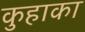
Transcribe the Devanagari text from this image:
कुहाका